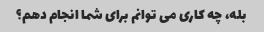
بله، چه کاری می توانم برای شما انجام دهم؟